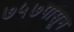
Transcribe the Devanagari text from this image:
७५७पासून